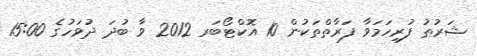
ޝަރުޠު ފުރިހަމަވާ ފަރާތްތަކުން 10 އޮކްޓޯބަރ 2012 ވާ ބުދަ ދުވަހުގެ 15:00